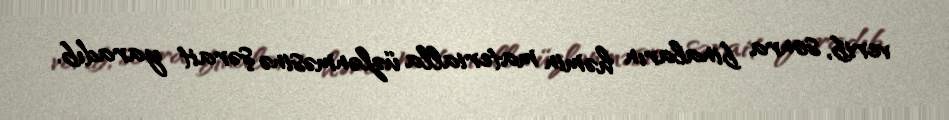
verib, sonra binaların həmin materialla üzlənməsinə şərait yaradıb.